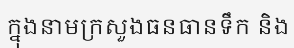
ក្នុងនាមក្រសួងធនធានទឹក និង